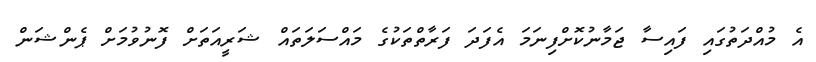
އެ މުއްދަތުގައި ފައިސާ ޖަމާނުކޮށްފިނަމަ އެފަދަ ފަރާތްތަކުގެ މައްސަލަތައް ޝަރީއަތަށް ފޮނުވުމަށް ޕެންޝަން